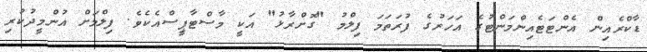
ޑާކްރެއިން އެންޓަޓެއިންމަންޓުގެ އަހަރުގެ ފުރަތަމަ ފިލްމު "ގޮށްރާޅު" އަކީ މާސްޓާޕީސްއެކެވެ. ފިލްމަށް އުންމީދުކުރި